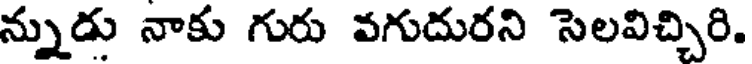
న్నుడు నాకు గురు వగుదురని సెలవిచ్చిరి.